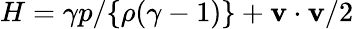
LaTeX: H=\gamma p/\{ \rho(\gamma-1)\} +{\mathbf v}\cdot{\mathbf v}/2